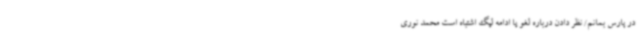
در پارس بمانم/ نظر دادن درباره لغو یا ادامه لیگ اشتباه است محمد نوری